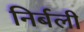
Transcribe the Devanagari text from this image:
निर्बली